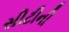
સીટીની